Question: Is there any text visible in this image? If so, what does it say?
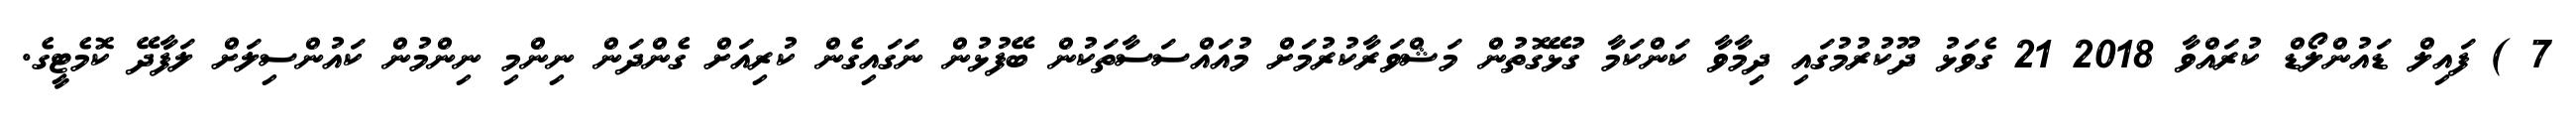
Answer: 7 ) ފައިލް ޑައުންލޯޑް ކުރައްވާ 2018 21 ގެވަޅު ދޫކުރުމުގައި ދިމާވާ ކަންކަމާ ގުޅޭގޮތުން މަޝްވަރާކުރުމަށް މުއައްސަސާތަކުން ބޭފުޅުން ނަގައިގެން ކުރިއަށް ގެންދަން ނިންމި ނިންމުން ކައުންސިލަށް ލަފާދޭ ކޮމެޓީގެ.